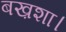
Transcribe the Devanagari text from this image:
बख़शा।